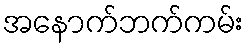
အနောက်ဘက်ကမ်း